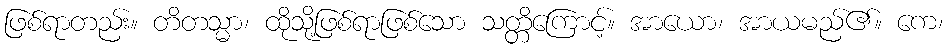
ဖြစ်ရာတည်း။ တိတသ္မာ၊ ထိုသို့ဖြစ်ရာဖြစ်သော သတ္တိကြောင့်။ အာယော၊ အာယမည်၏။ ကေ၊